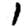
Digit: 1